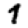
Digit: 1